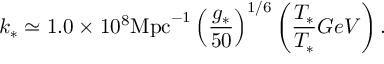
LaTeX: k _ { * } \simeq 1 . 0 \times 1 0 ^ { 8 } \mathrm { M p c } ^ { - 1 } \left( \frac { g _ { * } } { 5 0 } \right) ^ { 1 / 6 } \left( \frac { T _ { * } } { T _ { * } } { G e V } \right) .